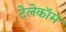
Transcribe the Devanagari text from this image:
टेलेकॉम